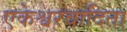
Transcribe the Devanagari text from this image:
एकेश्वरवादिता